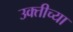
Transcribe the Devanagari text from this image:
उक्तीच्या